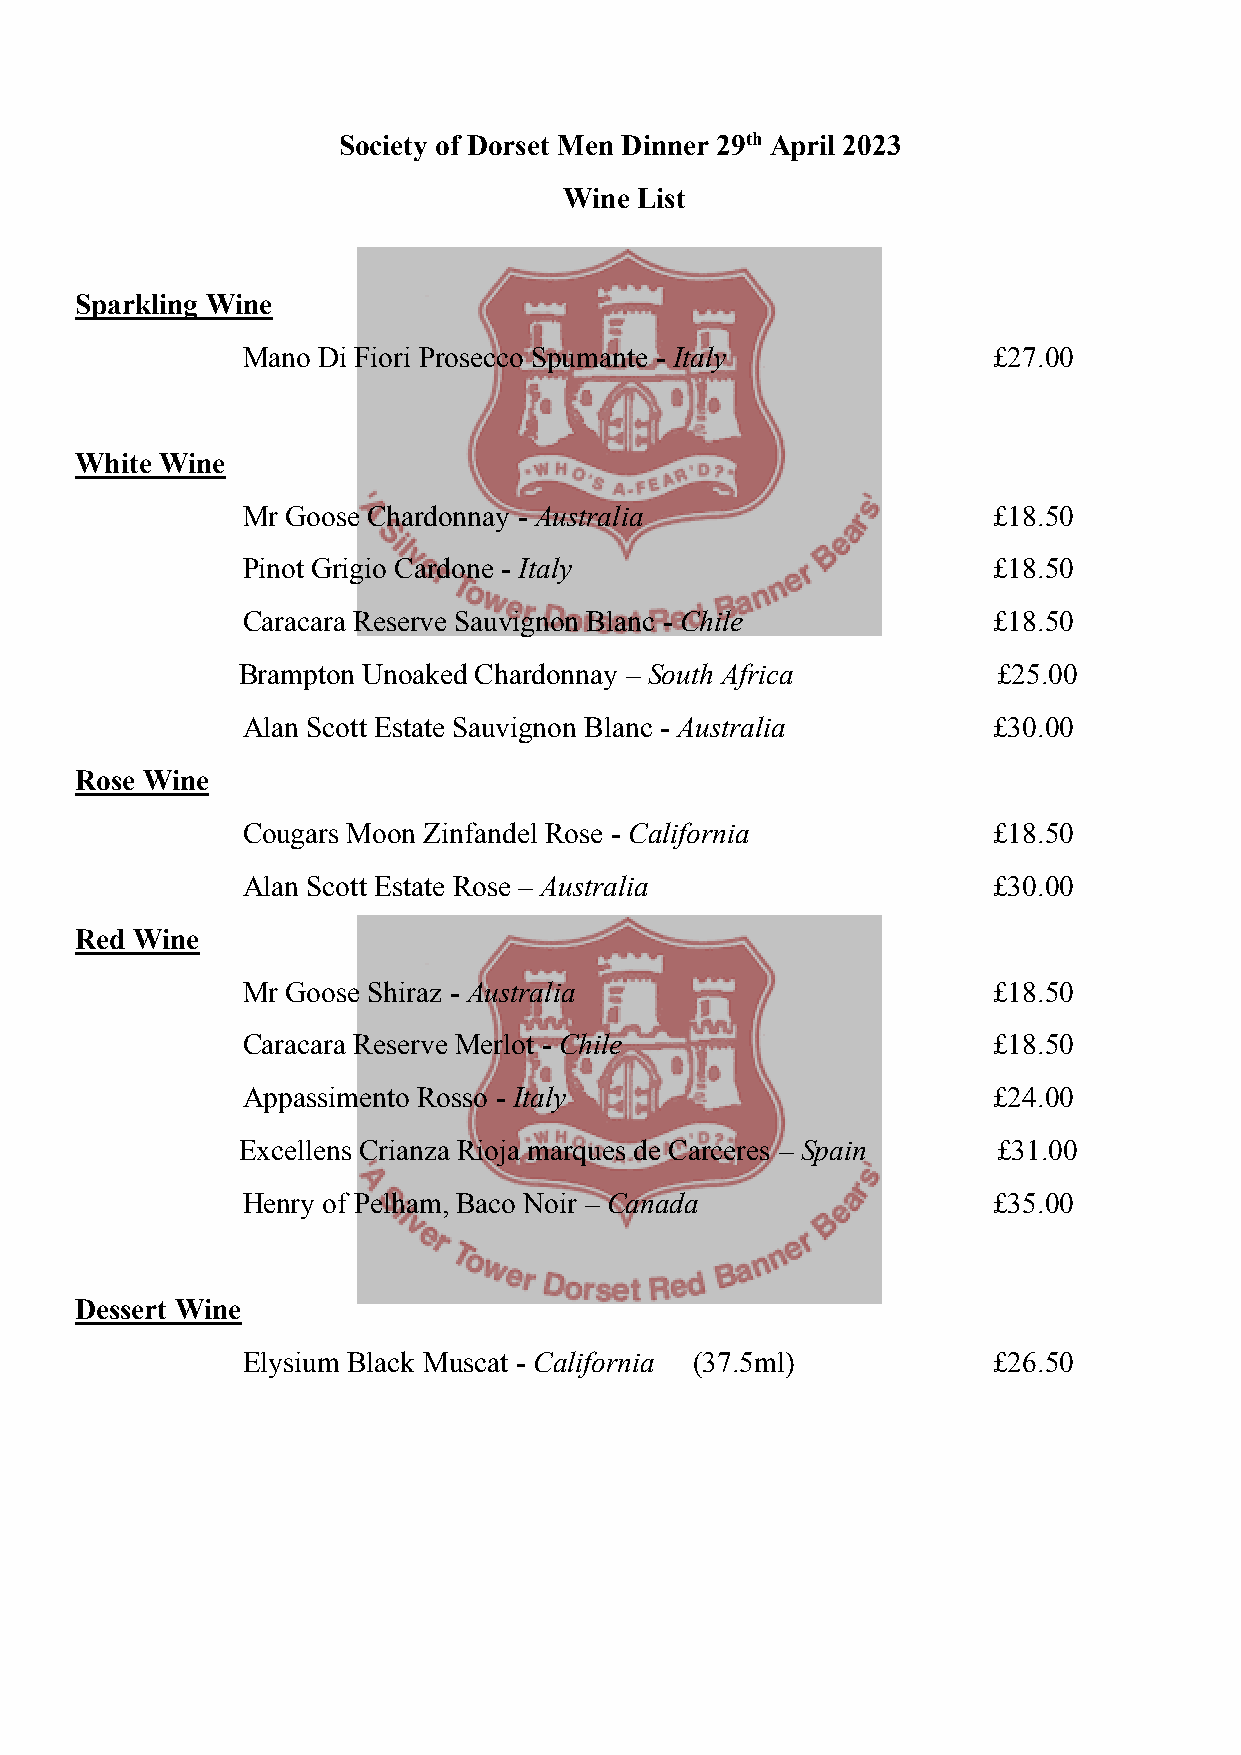
Society of Dorset Men Dinner 29th April 2023
 Wine List
 Sparkling Wine
 Mano Di Fiori Prosecco Spumante - Italy           £27.00
 White Wine
 Mr Goose Chardonnay - Australia                   £18.50
 Pinot Grigio Cardone - Italy                      £18.50
 Caracara Reserve Sauvignon Blanc - Chile          £18.50
 Brampton Unoaked Chardonnay – South Africa        £25.00
 Alan Scott Estate Sauvignon Blanc - Australia     £30.00
 Rose Wine
 Cougars Moon Zinfandel Rose - California          £18.50
 Alan Scott Estate Rose – Australia                £30.00
 Red Wine
 Mr Goose Shiraz - Australia                       £18.50
 Caracara Reserve Merlot - Chile                   £18.50
 Appassimento Rosso - Italy                        £24.00
 Excellens Crianza Rioja marques de Carceres – Spain £31.00
 Henry of Pelham, Baco Noir – Canada               £35.00
 Dessert Wine
 Elysium Black Muscat - California (37.5ml)        £26.50